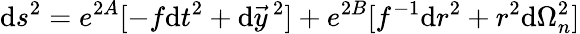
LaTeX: \mathrm{d}s^{2}=e^{2A}[-f\mathrm{d}t^{2}+\mathrm{d}\vec{{y}}\, ^{2}]+e^{2B}[f^{-1}\mathrm{d}r^{2}+r^{2}\mathrm{d}\Omega_{n}^{2}]